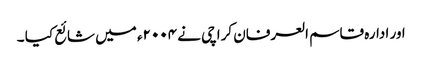
اور ادارہ قاسم العرفان کراچی نے ۲۰۰۴ء میں شائع کیا ۔